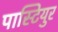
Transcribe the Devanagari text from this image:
पास्टियुर